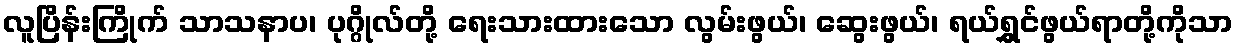
လူပြိန်းကြိုက် သာသနာပ၊ ပုဂ္ဂိုလ်တို့ ရေးသားထားသော လွမ်းဖွယ်၊ ဆွေးဖွယ်၊ ရယ်ရွှင်ဖွယ်ရာတို့ကိုသာ